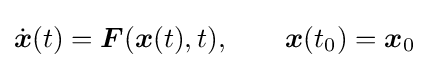
{\dot {\boldsymbol {x}}}(t)={\boldsymbol {F}}({\boldsymbol {x}}(t),t),\qquad {\boldsymbol {x}}(t_{0})={\boldsymbol {x}}_{0}